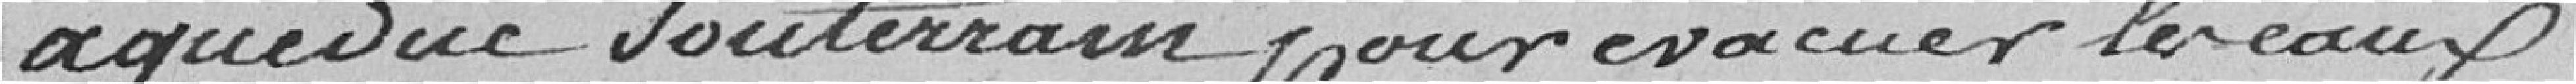
aqueduc souterrain  pour évacuer les eaux